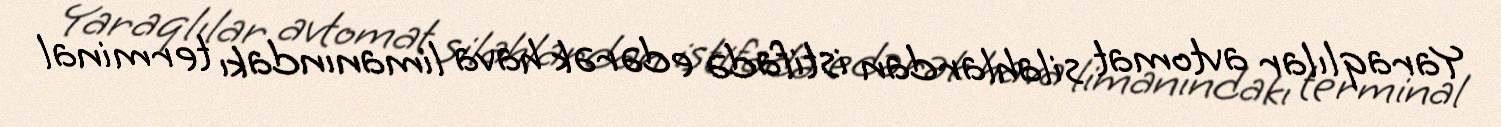
Yaraqlılar avtomat silahlardan istifadə edərək hava limanındakı terminal